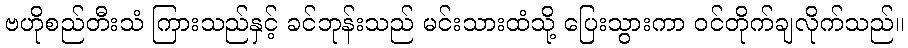
ဗဟိုစည်တီးသံ ကြားသည်နှင့် ခင်ဘုန်းသည် မင်းသားထံသို့ ပြေးသွားကာ ဝင်တိုက်ချလိုက်သည်။